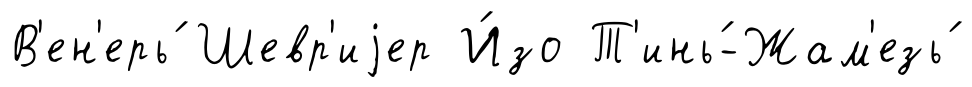
В'ен'ерь́ Шевр'иjер И́зо Т'инь́-Жам'езь́